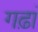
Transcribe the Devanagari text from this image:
गढ़ां